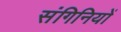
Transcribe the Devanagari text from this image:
संगिनियों